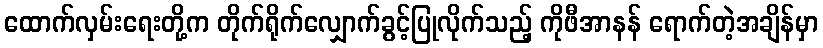
ထောက်လှမ်းရေးတို့က တိုက်ရိုက်လျှောက်ခွင့်ပြုလိုက်သည့် ကိုဖီအာနန် ရောက်တဲ့အချိန်မှာ